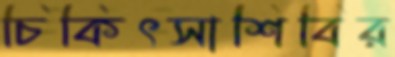
চিকিৎসাশিবির